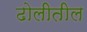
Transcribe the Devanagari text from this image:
ढोलीतील